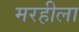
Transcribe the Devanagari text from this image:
मरहीला